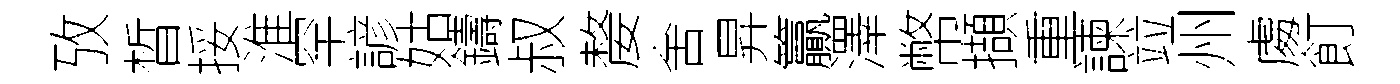
攷晳挼淮罕諺姑鑄叔嫠舍昇籯澤幣擷重諫竝州䖏飣